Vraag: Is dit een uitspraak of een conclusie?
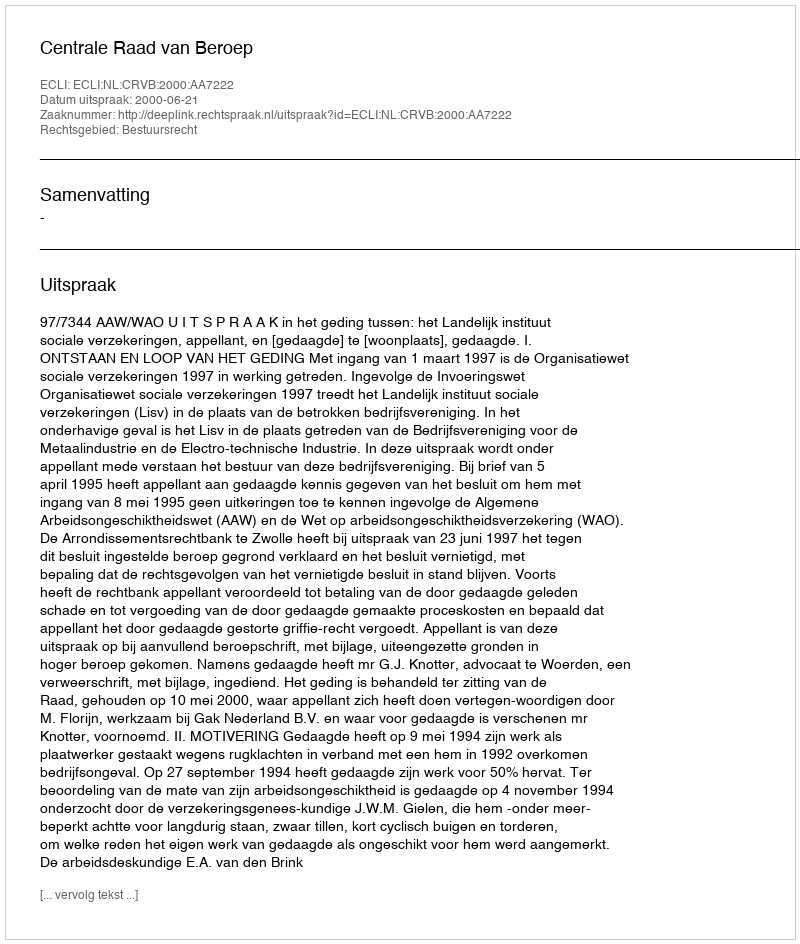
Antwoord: Uitspraak